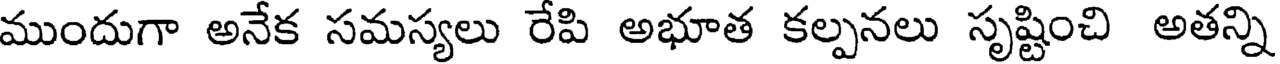
ముందుగా అనేక సమస్యలు రేపి అభూత కల్పనలు సృష్టించి అతన్ని